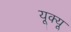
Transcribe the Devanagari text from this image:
यूक्यू